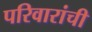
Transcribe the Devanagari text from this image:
परिवारांची